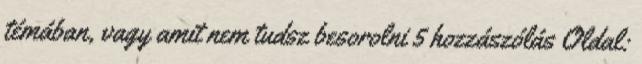
témában, vagy amit nem tudsz besorolni 5 hozzászólás Oldal: